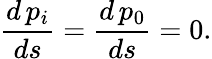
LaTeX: \frac{d\, p_{i}}{ds}=\frac{d\, p_{0}}{ds}=0.